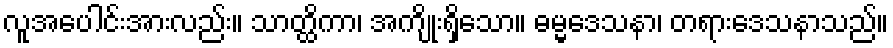
လူအပေါင်းအားလည်း။ သာတ္ထိကာ၊ အကျိုးရှိသော။ ဓမ္မဒေသနာ၊ တရားဒေသနာသည်။